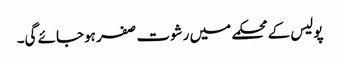
پولیس کے محکمے میں رشوت صفر ہوجائے گی۔